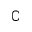
\complement